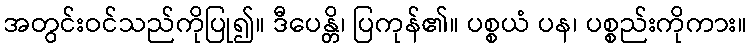
အတွင်းဝင်သည်ကိုပြု၍။ ဒီပေန္တိ၊ ပြကုန်၏။ ပစ္စယံ ပန၊ ပစ္စည်းကိုကား။